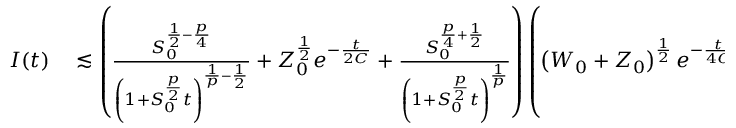
\begin{array} { r l } { I ( t ) } & { { } \lesssim \left( \frac { S _ { 0 } ^ { \frac { 1 } { 2 } - \frac { p } { 4 } } } { \left( 1 + S _ { 0 } ^ { \frac { p } { 2 } } t \right) ^ { \frac { 1 } { p } - \frac { 1 } { 2 } } } + Z _ { 0 } ^ { \frac { 1 } { 2 } } e ^ { - \frac { t } { 2 C } } + \frac { S _ { 0 } ^ { \frac { p } { 4 } + \frac { 1 } { 2 } } } { \left( 1 + S _ { 0 } ^ { \frac { p } { 2 } } t \right) ^ { \frac { 1 } { p } } } \right) \left( \left( W _ { 0 } + Z _ { 0 } \right) ^ { \frac { 1 } { 2 } } e ^ { - \frac { t } { 4 C } } + \frac { S _ { 0 } ^ { \frac { p } { 4 } + \frac { 1 } { 2 } } } { \left( 1 + S _ { 0 } ^ { \frac { p } { 2 } } t \right) ^ { \frac { 1 } { p } } } \right) } \end{array}